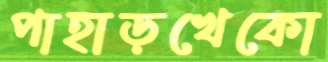
পাহাড়খেকো